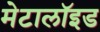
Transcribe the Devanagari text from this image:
मेटालॉइड